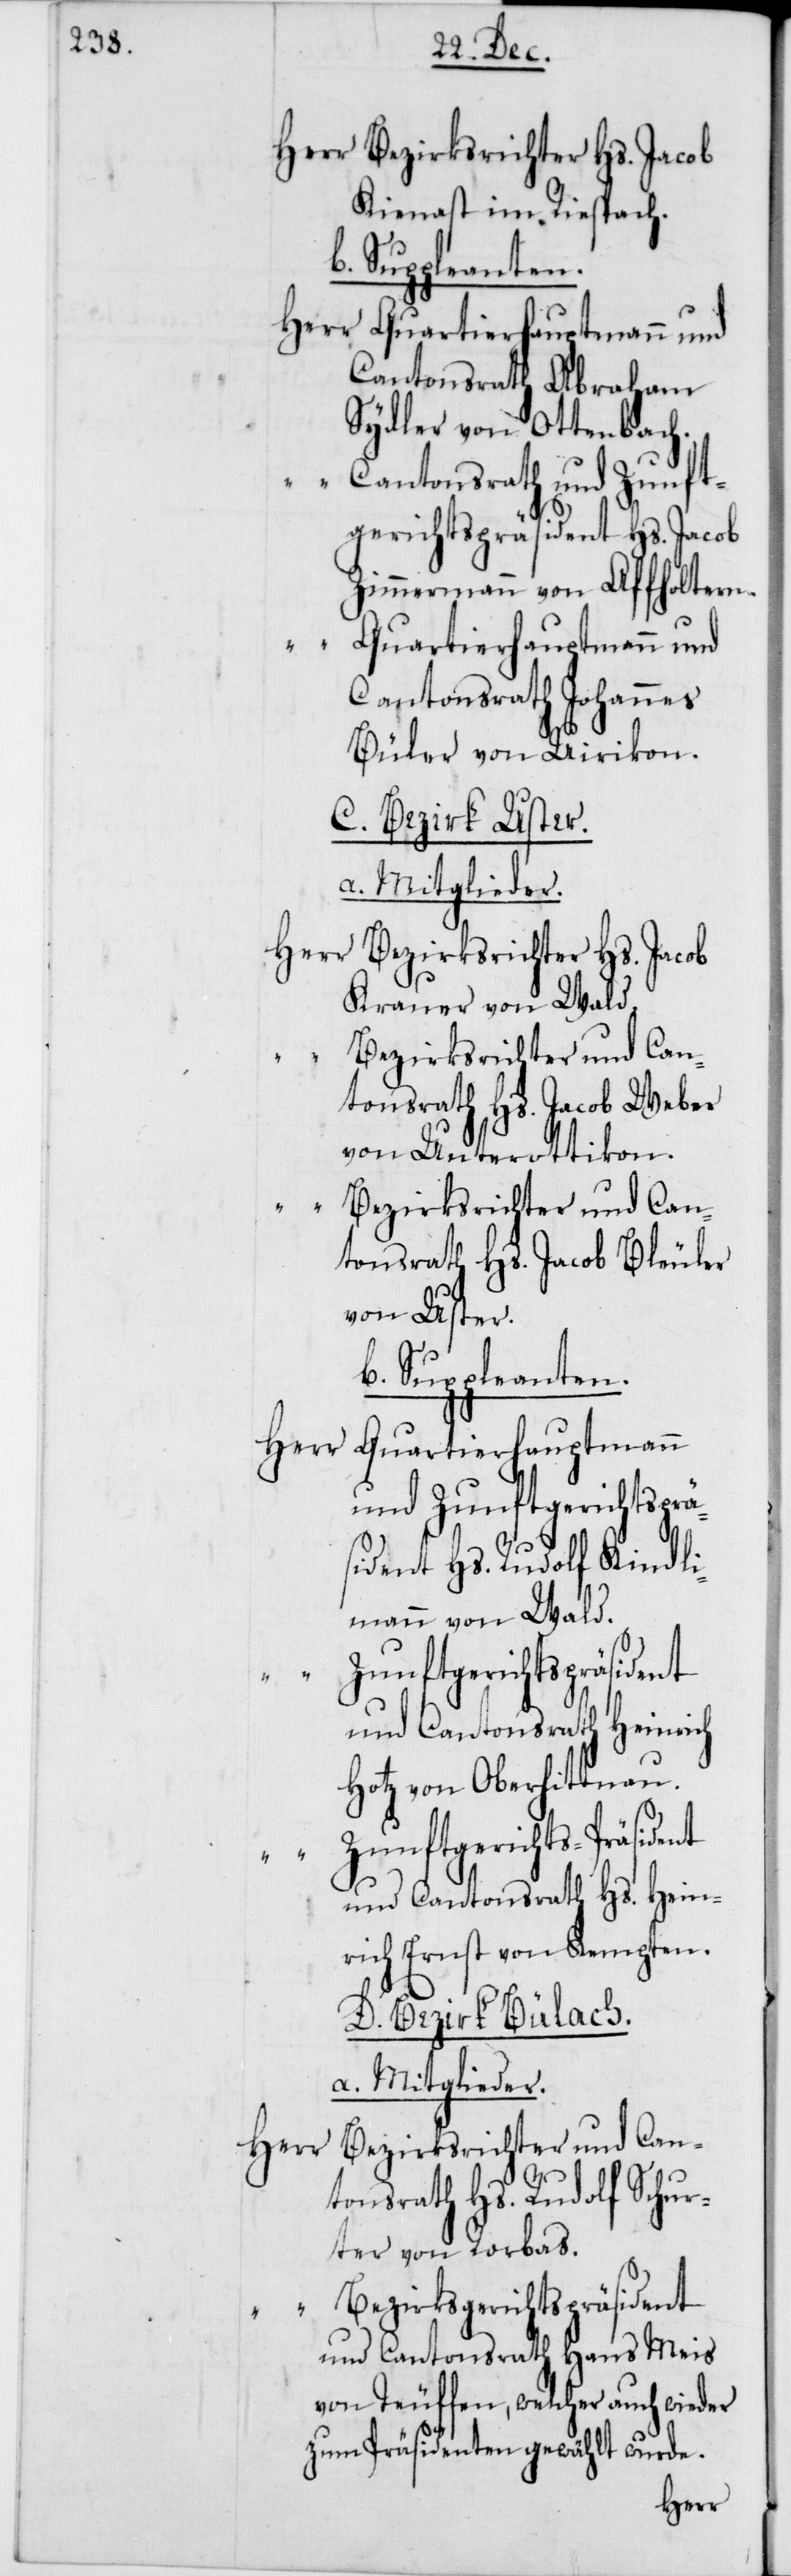
Bezirksrichter Hs. Jacob
Kienast im Riespach.
Cantonsrath Abraham
Sydler von Ottenbach
Cantonsrath und Zunft¬
gerichts-Präsident Hs. Jacob
Zimmermann von Affoltern.
Quartierhauptmann
Cantonsrath Johannes
Büler von Uirikon.
C. Bezirk Uster.
a. Mitglieder.
Krauer von Wald.
Bezirksrichter und Can¬
tonsrath Hs. Jacob Weber
von Unterottikon.
Bezirksrichter und Can¬
tonsrath Hs. Jacob Bleuler
von Uster.
b. Suppleanten.
und Zunftgerichtsprä¬
sident Hs. Rudolf Kindli¬
mann von Wald
Zunftgerichtspräsident
und Cantonsrath Heinrich
Hotz von Oberhittnau.
Zunftgerichts-Präsident
und Cantonsrath Hs. Hein¬
rich Ernst von Kempten.
D. Bezirk Bülach.
a) Mitglieder.
tonsrath Hs. Rudolf Schur¬
ter von Rorbas.
Bezirksgerichtspräsident
und Cantonsrath Hans Meis
von Teuffen, welcher auch wieder
zum Präsidenten gewählt wurde.
Herr